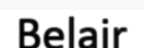
Belair